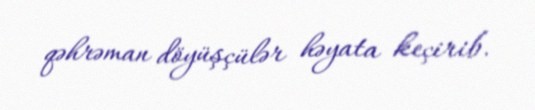
qəhrəman döyüşçülər həyata keçirib.